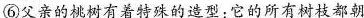
⑥父亲的桃树有着特殊的造型:它的所有树枝都朝